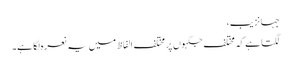
جہانزیب،
لگتا ہے کہ مختلف جگہوں پر مختلف الفاظ میں یہ نعرہ لگا ہے۔